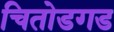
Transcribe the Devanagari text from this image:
चितोडगड